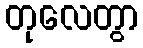
တုလေတွာ